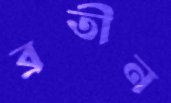
ব্রতীন